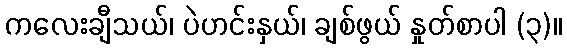
ကလေးချီသယ်၊ ပဲဟင်းနှယ်၊ ချစ်ဖွယ် နှုတ်စာပါ (၃)။